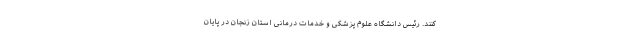
کنند. رئیس دانشگاه علوم پزشکی و خدمات درمانی استان زنجان در پایان